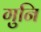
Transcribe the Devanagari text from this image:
गुनि